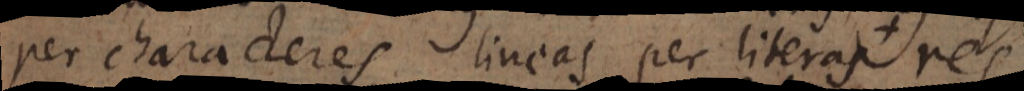
per characteres, lineas per literas, res